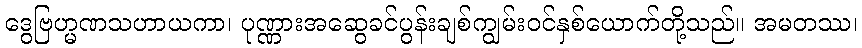
ဒွေဗြဟ္မဏသဟာယကာ၊ ပုဏ္ဏားအဆွေခင်ပွန်းချစ်ကျွမ်းဝင်နှစ်ယောက်တို့သည်။ အမတဿ၊